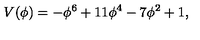
V ( \phi ) = - \phi ^ { 6 } + 1 1 \phi ^ { 4 } - 7 \phi ^ { 2 } + 1 ,